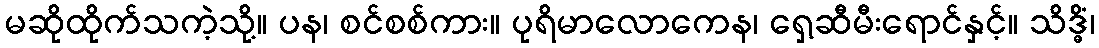
မဆိုထိုက်သကဲ့သို့။ ပန၊ စင်စစ်ကား။ ပုရိမာလောကေန၊ ရှေ့ဆီမီးရောင်နှင့်။ သိဒ္ဓိံ၊